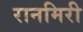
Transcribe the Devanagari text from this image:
रानमिरी